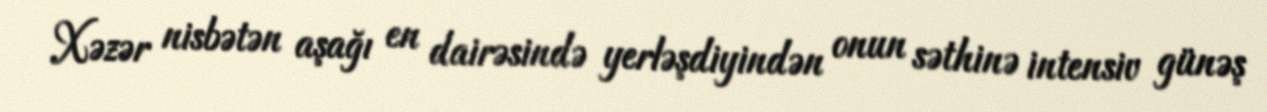
Xəzər nisbətən aşağı en dairəsində yerləşdiyindən onun səthinə intensiv günəş